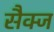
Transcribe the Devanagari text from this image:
सैक्ज